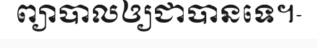
ព្យាបាលឲ្យជាបានទេ។-